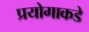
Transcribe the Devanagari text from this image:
प्रयोगाकडे